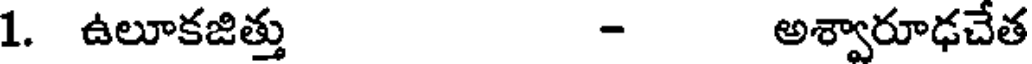
1. ఉలూకజిత్తు - అశ్వారూఢచేత